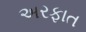
અરફાત